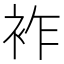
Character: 𧙓